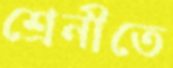
শ্রেনীতে